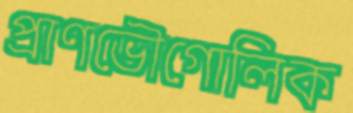
প্রাণভৌগোলিক